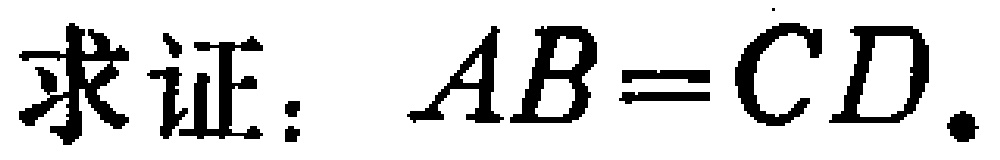
求证：\(AB = CD\).